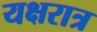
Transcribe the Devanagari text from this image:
यक्षरात्र